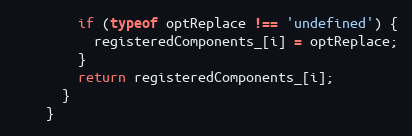
Language: JavaScript
        if (typeof optReplace !== 'undefined') {
          registeredComponents_[i] = optReplace;
        }
        return registeredComponents_[i];
      }
    }